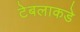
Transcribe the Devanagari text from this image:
टेबलाकडे